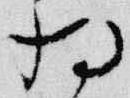
将